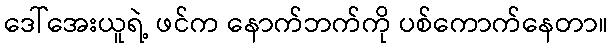
ဒေါ်အေးယူရဲ့ ဖင်က နောက်ဘက်ကို ပစ်ကောက်နေတာ။